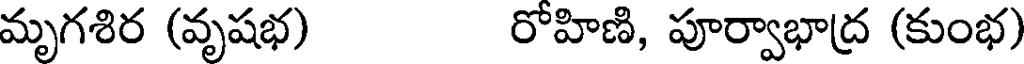
మృగశిర (వృషభ) రోహిణి, పూర్వాభాద్ర (కుంభ)